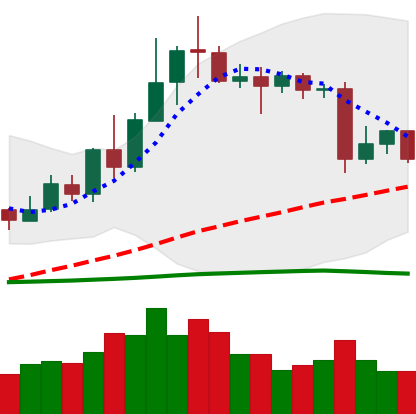
Ticker: XLM-USD
Chart end date: 2020-06-14
Forward return: -3.001%
Label: down_3_5